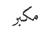
مكبر